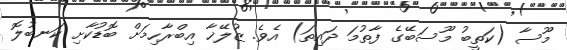
މޫސާ (ކަތީބު މޫސަބޭގެ ފާތުމަ ދައިތަ) އެވެ. ޒުލޭޚާ އިބްރާހިމަށް ބޮޑުކާށި ކަނބުލޮ